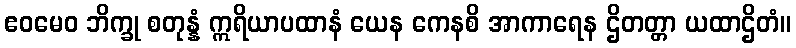
ဧဝမေဝ ဘိက္ခု စတုန္နံ ဣရိယာပထာနံ ယေန ကေနစိ အာကာရေန ဌိတတ္တာ ယထာဌိတံ။